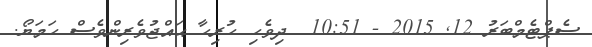
ސެޕްޓެމްބަރު 12